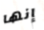
إنها